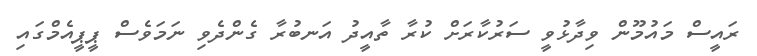
ރައީސް މައުމޫން ވިދާޅުވީ ސަރުކާރަށް ކުރާ ތާއީދު އަނބުރާ ގެންދެވި ނަމަވެސް ޕީޕީއެމްގައި